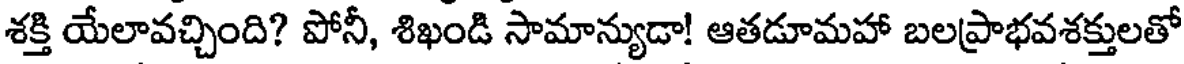
శక్తి యేలావచ్చింది? పోనీ, శిఖండి సామాన్యుడా! ఆతడూమహా బలప్రాభవశక్తులతో